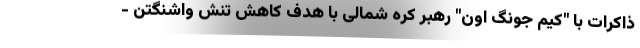
ذاکرات با "کیم جونگ اون" رهبر کره شمالی با هدف کاهش تنش واشنگتن -